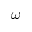
\omega